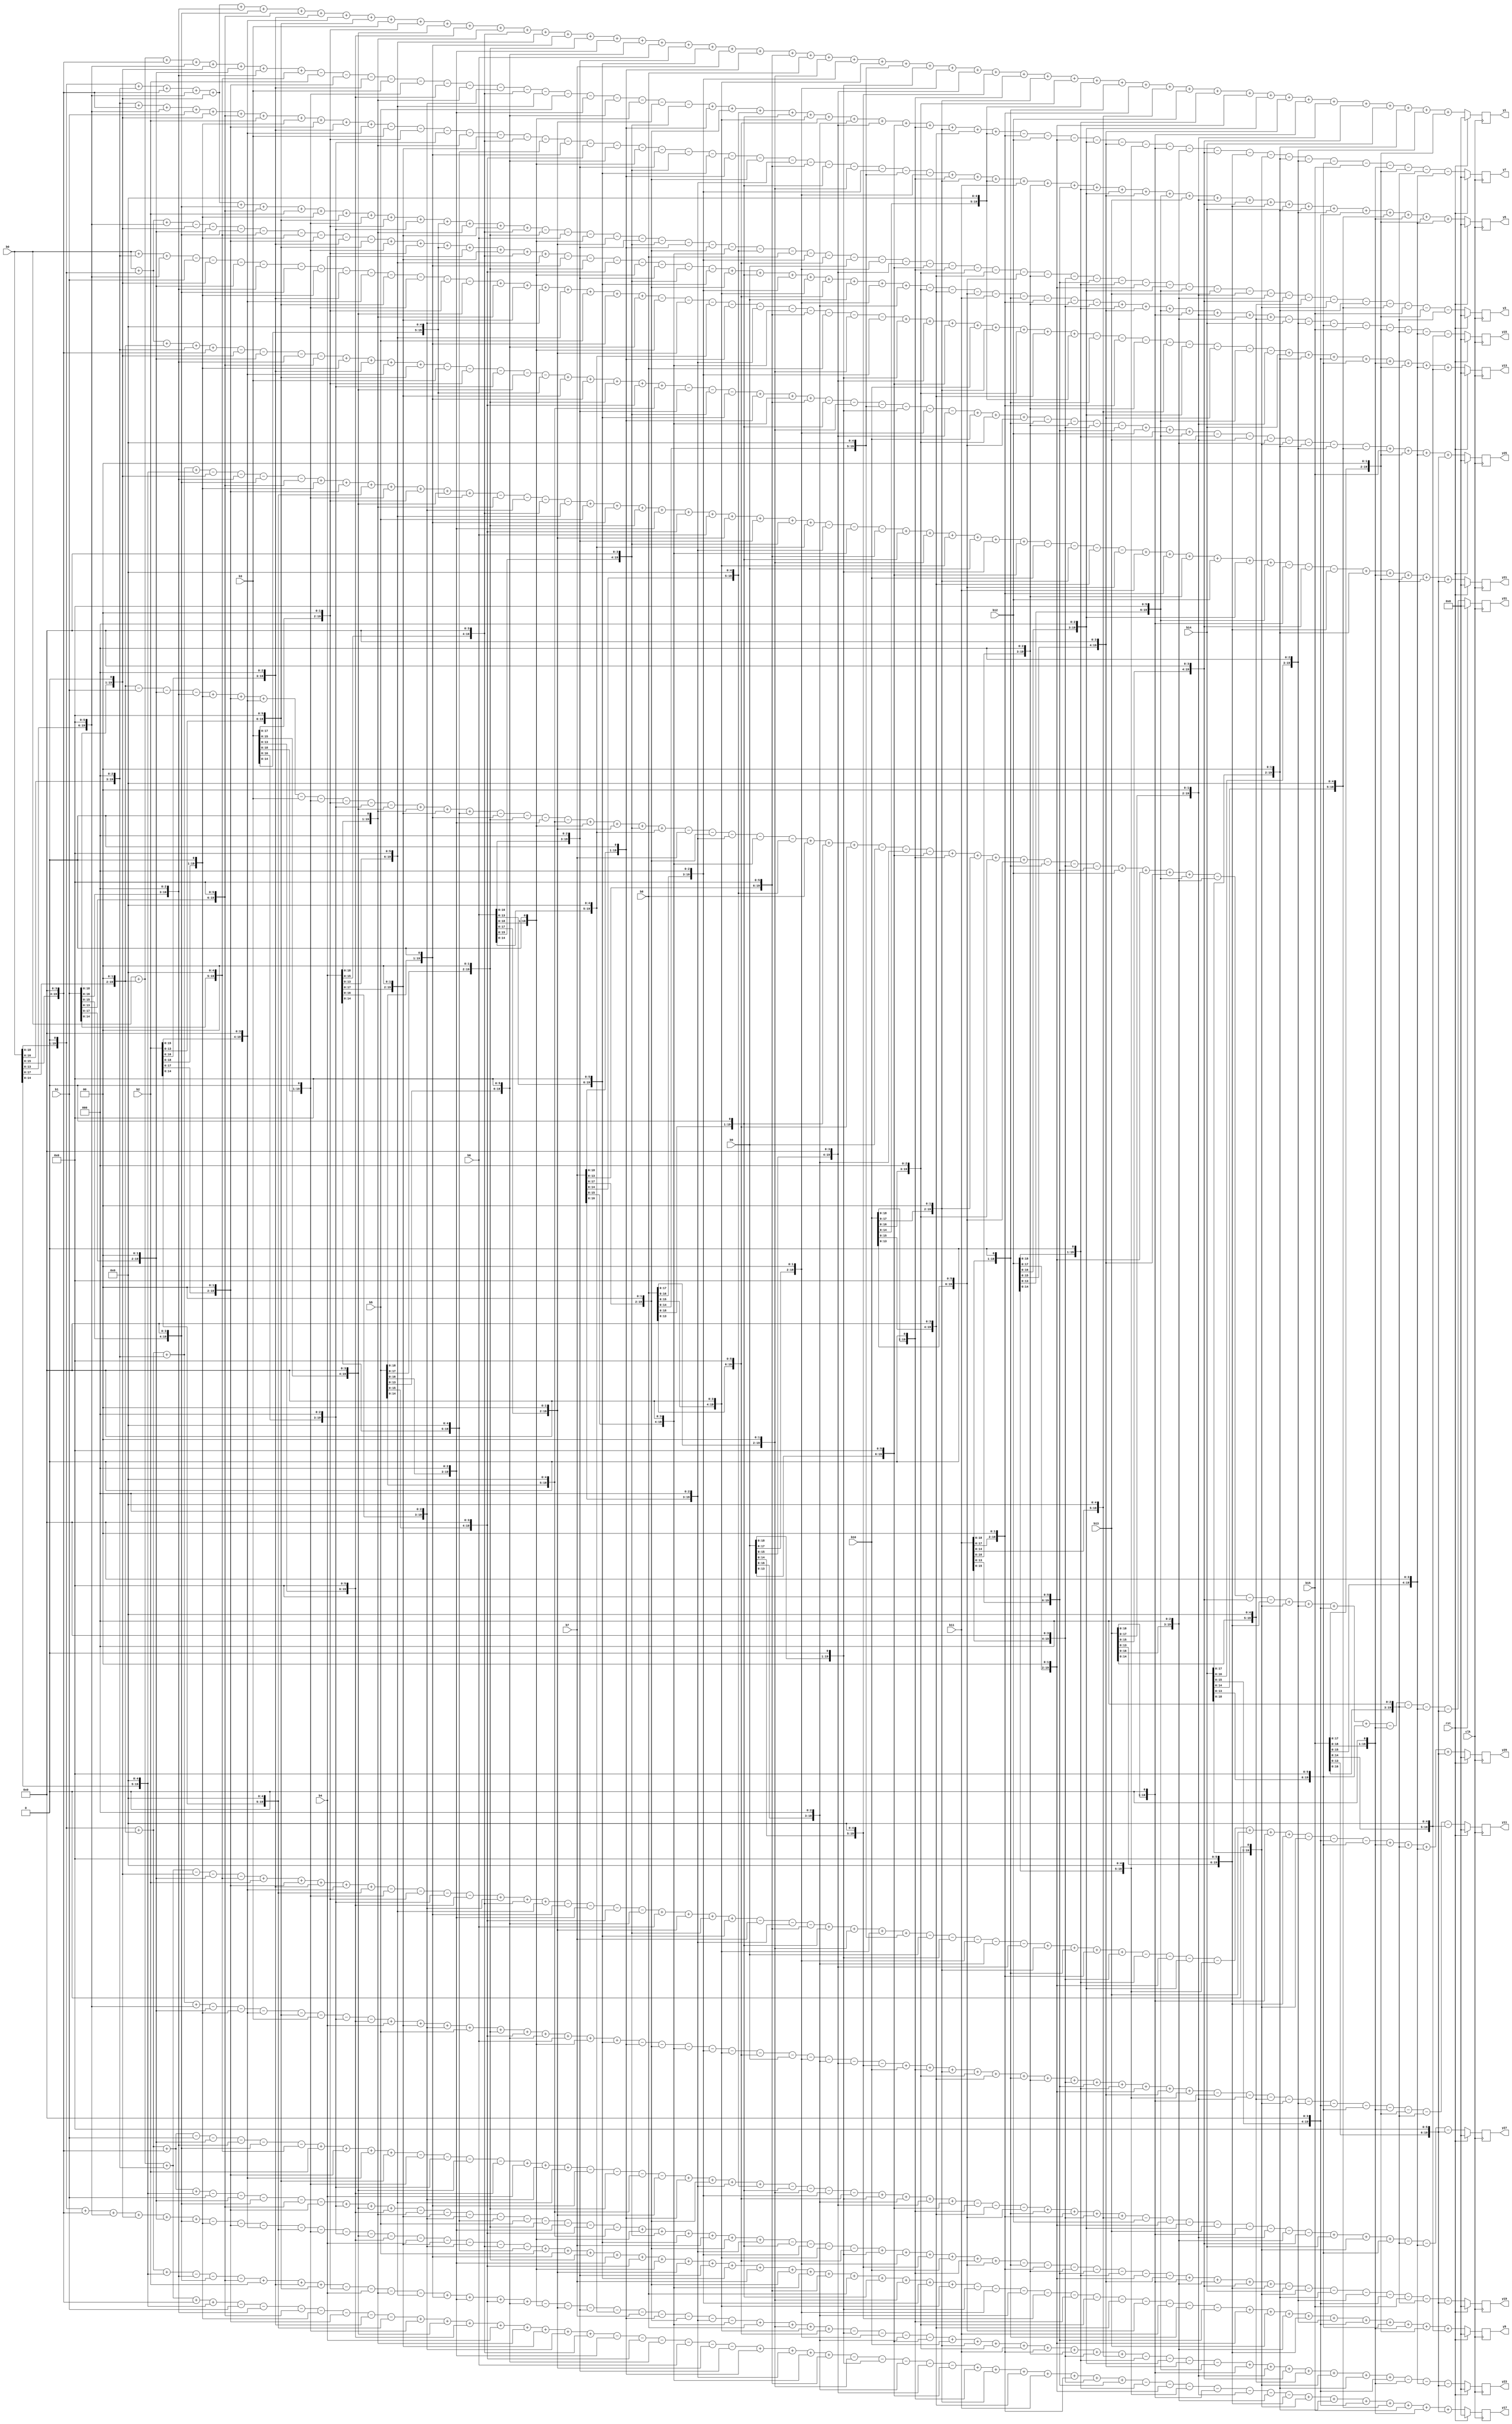
module shift_add32
#(
	parameter WIDTH = 20
)
(
	input wire clk,rst,
	input wire signed[WIDTH-1:0] b0,
	input wire signed[WIDTH-1:0] b1,
	input wire signed[WIDTH-1:0] b2,
	input wire signed[WIDTH-1:0] b3,
	input wire signed[WIDTH-1:0] b4,
	input wire signed[WIDTH-1:0] b5,
	input wire signed[WIDTH-1:0] b6,
	input wire signed[WIDTH-1:0] b7,
	input wire signed[WIDTH-1:0] b8,
	input wire signed[WIDTH-1:0] b9,
	input wire signed[WIDTH-1:0] b10,
	input wire signed[WIDTH-1:0] b11,
	input wire signed[WIDTH-1:0] b12,
	input wire signed[WIDTH-1:0] b13,
	input wire signed[WIDTH-1:0] b14,
	input wire signed[WIDTH-1:0] b15,
	
	output reg signed[WIDTH-1:0] y1,
	output reg signed[WIDTH-1:0] y3,
	output reg signed[WIDTH-1:0] y5,
	output reg signed[WIDTH-1:0] y7,
	output reg signed[WIDTH-1:0] y9,
	output reg signed[WIDTH-1:0] y11,
	output reg signed[WIDTH-1:0] y13,
	output reg signed[WIDTH-1:0] y15,
	output reg signed[WIDTH-1:0] y17,
	output reg signed[WIDTH-1:0] y19,
	output reg signed[WIDTH-1:0] y21,
	output reg signed[WIDTH-1:0] y23,
	output reg signed[WIDTH-1:0] y25,
	output reg signed[WIDTH-1:0] y27,
	output reg signed[WIDTH-1:0] y29,
	output reg signed[WIDTH-1:0] y31
);

	wire signed [WIDTH-1:0] y1_d;
	wire signed [WIDTH-1:0] y3_d;
	wire signed [WIDTH-1:0] y5_d;
	wire signed [WIDTH-1:0] y7_d;
	wire signed [WIDTH-1:0] y9_d;
	wire signed [WIDTH-1:0] y11_d;
	wire signed [WIDTH-1:0] y13_d;
	wire signed [WIDTH-1:0] y15_d;
	wire signed [WIDTH-1:0] y17_d;
	wire signed [WIDTH-1:0] y19_d;
	wire signed [WIDTH-1:0] y21_d;
	wire signed [WIDTH-1:0] y23_d;
	wire signed [WIDTH-1:0] y25_d;
	wire signed [WIDTH-1:0] y27_d;
	wire signed [WIDTH-1:0] y29_d;
	wire signed [WIDTH-1:0] y31_d;
	
	always @ (posedge clk)
	begin
//		if(!rst_b) begin
		if(rst) begin
				y1 <= 0;
				y3 <= 0;
				y5 <= 0;
				y7 <= 0;
				y9 <= 0;
				y11 <= 0;
				y13 <= 0;
				y15 <= 0;
				y17 <= 0;
				y19 <= 0;
				y21 <= 0;
				y23 <= 0;
				y25 <= 0;
				y27 <= 0;
				y29 <= 0;
				y31 <= 0;
		end
		else begin
				y1 <= y1_d;
				y3 <= y3_d;
				y5 <= y5_d;
				y7 <= y7_d;
				y9 <= y9_d;
				y11 <= y11_d;
				y13 <= y13_d;
				y15 <= y15_d;
				y17 <= y17_d;
				y19 <= y19_d;
				y21 <= y21_d;
				y23 <= y23_d;
				y25 <= y25_d;
				y27 <= y27_d;
				y29 <= y29_d;
				y31 <= y31_d;
				
		end
	end
	
	assign y1_d = {b0,1'b0}+{b0,3'b000}+{b0,4'b0000}+{b0,6'b000000}+{b1,1'b0}+{b1,3'b000}+{b1,4'b0000}+{b1,6'b000000}+{b2,3'b000}+{b2,4'b0000}+{b2,6'b000000}+b3+{b3,2'b00}+{b3,4'b0000}+{b3,6'b000000}+{b4,1'b0}+{b4,4'b0000}+{b4,6'b000000}+{b5,1'b0}+{b5,2'b00}+{b5,3'b000}+{b5,6'b000000}+b6+{b6,3'b000}+{b6,6'b000000}+b7+{b7,1'b0}+{b7,6'b000000}+b8+{b8,2'b00}+{b8,3'b000}+{b8,4'b0000}+{b8,5'b00000}+{b9,1'b0}+{b9,2'b00}+{b9,4'b0000}+{b9,5'b00000}+{b10,1'b0}+{b10,2'b00}+{b10,3'b000}+{b10,5'b00000}+{b11,1'b0}+{b11,2'b00}+{b11,5'b00000}+b12+{b12,1'b0}+{b12,2'b00}+{b12,3'b000}+{b12,4'b0000}+{b13,1'b0}+{b13,2'b00}+{b13,4'b0000}+b14+{b14,2'b00}+{b14,3'b000}+{b15,2'b00};

	assign y3_d = {b0,1'b0}+{b0,3'b000}+{b0,4'b0000}+{b0,6'b000000}+{b1,1'b0}+{b1,4'b0000}+{b1,6'b000000}+b2+{b2,1'b0}+{b2,6'b000000}+{b3,1'b0}+{b3,2'b00}+{b3,3'b000}+{b3,5'b00000}+{b4,1'b0}+{b4,2'b00}+{b4,4'b0000}-{b5,2'b00}-b6-{b6,1'b0}-{b6,2'b00}-{b6,3'b000}-{b6,4'b0000}-{b7,1'b0}-{b7,2'b00}-{b7,4'b0000}-{b7,5'b00000}-b8-{b8,3'b000}-{b8,6'b000000}-b9-{b9,2'b00}-{b9,4'b0000}-{b9,6'b000000}-{b10,1'b0}-{b10,3'b000}-{b10,4'b0000}-{b10,6'b000000}-{b11,3'b000}-{b11,4'b0000}-{b11,6'b000000}-{b12,1'b0}-{b12,2'b00}-{b12,3'b000}-{b12,6'b000000}-b13-{b13,2'b00}-{b13,3'b000}-{b13,4'b0000}-{b13,5'b00000}-{b14,1'b0}-{b14,2'b00}-{b14,5'b00000}-b15-{b15,2'b00}-{b15,3'b000};

	assign y5_d = {b0,3'b000}+{b0,4'b0000}+{b0,6'b000000}+b1+{b1,1'b0}+{b1,6'b000000}+b2+{b2,1'b0}+{b2,2'b00}+{b2,3'b000}+{b2,4'b0000}-b3-{b3,2'b00}-{b3,3'b000}-{b4,1'b0}-{b4,2'b00}-{b4,4'b0000}-{b4,5'b00000}-{b5,1'b0}-{b5,4'b0000}-{b5,6'b000000}-{b6,1'b0}-{b6,3'b000}-{b6,4'b0000}-{b6,6'b000000}-{b7,1'b0}-{b7,2'b00}-{b7,3'b000}-{b7,6'b000000}-{b8,1'b0}-{b8,2'b00}-{b8,3'b000}-{b8,5'b00000}-{b9,2'b00}+{b10,1'b0}+{b10,2'b00}+{b10,5'b00000}+b11+{b11,3'b000}+{b11,6'b000000}+{b12,1'b0}+{b12,3'b000}+{b12,4'b0000}+{b12,6'b000000}+b13+{b13,2'b00}+{b13,4'b0000}+{b13,6'b000000}+b14+{b14,2'b00}+{b14,3'b000}+{b14,4'b0000}+{b14,5'b00000}+{b15,1'b0}+{b15,2'b00}+{b15,4'b0000};

	assign y7_d = b0+{b0,2'b00}+{b0,4'b0000}+{b0,6'b000000}+{b1,1'b0}+{b1,2'b00}+{b1,3'b000}+{b1,5'b00000}-b2-{b2,2'b00}-{b2,3'b000}-b3-{b3,1'b0}-{b3,6'b000000}-{b4,1'b0}-{b4,3'b000}-{b4,4'b0000}-{b4,6'b000000}-b5-{b5,3'b000}-{b5,6'b000000}-{b6,1'b0}-{b6,2'b00}-{b6,4'b0000}+{b7,1'b0}+{b7,2'b00}+{b7,5'b00000}+{b8,1'b0}+{b8,4'b0000}+{b8,6'b000000}+{b9,3'b000}+{b9,4'b0000}+{b9,6'b000000}+{b10,1'b0}+{b10,2'b00}+{b10,4'b0000}+{b10,5'b00000}-{b11,2'b00}-b12-{b12,2'b00}-{b12,3'b000}-{b12,4'b0000}-{b12,5'b00000}-{b13,1'b0}-{b13,3'b000}-{b13,4'b0000}-{b13,6'b000000}-{b14,1'b0}-{b14,2'b00}-{b14,3'b000}-{b14,6'b000000}-b15-{b15,1'b0}-{b15,2'b00}-{b15,3'b000}-{b15,4'b0000};

	assign y9_d = {b0,1'b0}+{b0,4'b0000}+{b0,6'b000000}+{b1,1'b0}+{b1,2'b00}+{b1,4'b0000}-{b2,1'b0}-{b2,2'b00}-{b2,4'b0000}-{b2,5'b00000}-{b3,1'b0}-{b3,3'b000}-{b3,4'b0000}-{b3,6'b000000}-b4-{b4,2'b00}-{b4,3'b000}-{b4,4'b0000}-{b4,5'b00000}+b5+{b5,1'b0}+{b5,2'b00}+{b5,3'b000}+{b5,4'b0000}+{b6,1'b0}+{b6,2'b00}+{b6,3'b000}+{b6,6'b000000}+b7+{b7,2'b00}+{b7,4'b0000}+{b7,6'b000000}+b8+{b8,1'b0}+{b8,2'b00}+{b8,3'b000}+{b8,4'b0000}-{b9,1'b0}-{b9,2'b00}-{b9,3'b000}-{b9,5'b00000}-{b10,1'b0}-{b10,3'b000}-{b10,4'b0000}-{b10,6'b000000}-b11-{b11,1'b0}-{b11,6'b000000}+{b12,2'b00}+b13+{b13,3'b000}+{b13,6'b000000}+{b14,3'b000}+{b14,4'b0000}+{b14,6'b000000}+{b15,1'b0}+{b15,2'b00}+{b15,5'b00000};

	assign y11_d = {b0,1'b0}+{b0,2'b00}+{b0,3'b000}+{b0,6'b000000}-{b1,2'b00}-{b2,1'b0}-{b2,4'b0000}-{b2,6'b000000}-b3-{b3,3'b000}-{b3,6'b000000}+b4+{b4,2'b00}+{b4,3'b000}+b5+{b5,2'b00}+{b5,4'b0000}+{b5,6'b000000}+b6+{b6,1'b0}+{b6,6'b000000}-{b7,1'b0}-{b7,2'b00}-{b7,4'b0000}-{b8,3'b000}-{b8,4'b0000}-{b8,6'b000000}-b9-{b9,2'b00}-{b9,3'b000}-{b9,4'b0000}-{b9,5'b00000}+b10+{b10,1'b0}+{b10,2'b00}+{b10,3'b000}+{b10,4'b0000}+{b11,1'b0}+{b11,3'b000}+{b11,4'b0000}+{b11,6'b000000}+{b12,1'b0}+{b12,2'b00}+{b12,4'b0000}+{b12,5'b00000}-{b13,1'b0}-{b13,2'b00}-{b13,5'b00000}-{b14,1'b0}-{b14,3'b000}-{b14,4'b0000}-{b14,6'b000000}-{b15,1'b0}-{b15,2'b00}-{b15,3'b000}-{b15,5'b00000};

	assign y13_d = b0+{b0,3'b000}+{b0,6'b000000}-b1-{b1,1'b0}-{b1,2'b00}-{b1,3'b000}-{b1,4'b0000}-{b2,1'b0}-{b2,3'b000}-{b2,4'b0000}-{b2,6'b000000}-{b3,1'b0}-{b3,2'b00}-{b3,4'b0000}+{b4,1'b0}+{b4,2'b00}+{b4,3'b000}+{b4,6'b000000}+b5+{b5,1'b0}+{b5,6'b000000}-{b6,1'b0}-{b6,2'b00}-{b6,5'b00000}-{b7,1'b0}-{b7,3'b000}-{b7,4'b0000}-{b7,6'b000000}-b8-{b8,2'b00}-{b8,3'b000}+{b9,1'b0}+{b9,4'b0000}+{b9,6'b000000}+b10+{b10,2'b00}+{b10,3'b000}+{b10,4'b0000}+{b10,5'b00000}-{b11,1'b0}-{b11,2'b00}-{b11,3'b000}-{b11,5'b00000}-{b12,3'b000}-{b12,4'b0000}-{b12,6'b000000}-{b13,2'b00}+b14+{b14,2'b00}+{b14,4'b0000}+{b14,6'b000000}+{b15,1'b0}+{b15,2'b00}+{b15,4'b0000}+{b15,5'b00000};

	assign y15_d = b0+{b0,1'b0}+{b0,6'b000000}-{b1,1'b0}-{b1,2'b00}-{b1,4'b0000}-{b1,5'b00000}-{b2,1'b0}-{b2,2'b00}-{b2,3'b000}-{b2,6'b000000}+{b3,1'b0}+{b3,2'b00}+{b3,5'b00000}+b4+{b4,2'b00}+{b4,4'b0000}+{b4,6'b000000}-{b5,1'b0}-{b5,2'b00}-{b5,4'b0000}-{b6,1'b0}-{b6,3'b000}-{b6,4'b0000}-{b6,6'b000000}+{b7,2'b00}+{b8,1'b0}+{b8,3'b000}+{b8,4'b0000}+{b8,6'b000000}+b9+{b9,2'b00}+{b9,3'b000}-{b10,3'b000}-{b10,4'b0000}-{b10,6'b000000}-b11-{b11,1'b0}-{b11,2'b00}-{b11,3'b000}-{b11,4'b0000}+{b12,1'b0}+{b12,4'b0000}+{b12,6'b000000}+{b13,1'b0}+{b13,2'b00}+{b13,3'b000}+{b13,5'b00000}-b14-{b14,3'b000}-{b14,6'b000000}-b15-{b15,2'b00}-{b15,3'b000}-{b15,4'b0000}-{b15,5'b00000};

	assign y17_d = b0+{b0,2'b00}+{b0,3'b000}+{b0,4'b0000}+{b0,5'b00000}-b1-{b1,3'b000}-{b1,6'b000000}-{b2,1'b0}-{b2,2'b00}-{b2,3'b000}-{b2,5'b00000}+{b3,1'b0}+{b3,4'b0000}+{b3,6'b000000}+b4+{b4,1'b0}+{b4,2'b00}+{b4,3'b000}+{b4,4'b0000}-{b5,3'b000}-{b5,4'b0000}-{b5,6'b000000}-b6-{b6,2'b00}-{b6,3'b000}+{b7,1'b0}+{b7,3'b000}+{b7,4'b0000}+{b7,6'b000000}-{b8,2'b00}-{b9,1'b0}-{b9,3'b000}-{b9,4'b0000}-{b9,6'b000000}+{b10,1'b0}+{b10,2'b00}+{b10,4'b0000}+b11+{b11,2'b00}+{b11,4'b0000}+{b11,6'b000000}-{b12,1'b0}-{b12,2'b00}-{b12,5'b00000}-{b13,1'b0}-{b13,2'b00}-{b13,3'b000}-{b13,6'b000000}+{b14,1'b0}+{b14,2'b00}+{b14,4'b0000}+{b14,5'b00000}+b15+{b15,1'b0}+{b15,6'b000000};

	assign y19_d = {b0,1'b0}+{b0,2'b00}+{b0,4'b0000}+{b0,5'b00000}-b1-{b1,2'b00}-{b1,4'b0000}-{b1,6'b000000}-{b2,2'b00}+{b3,3'b000}+{b3,4'b0000}+{b3,6'b000000}-{b4,1'b0}-{b4,2'b00}-{b4,3'b000}-{b4,5'b00000}-b5-{b5,2'b00}-{b5,3'b000}-{b5,4'b0000}-{b5,5'b00000}+{b6,1'b0}+{b6,4'b0000}+{b6,6'b000000}+b7+{b7,2'b00}+{b7,3'b000}-{b8,1'b0}-{b8,3'b000}-{b8,4'b0000}-{b8,6'b000000}+{b9,1'b0}+{b9,2'b00}+{b9,5'b00000}+b10+{b10,1'b0}+{b10,6'b000000}-{b11,1'b0}-{b11,2'b00}-{b11,3'b000}-{b11,6'b000000}-{b12,1'b0}-{b12,2'b00}-{b12,4'b0000}+{b13,1'b0}+{b13,3'b000}+{b13,4'b0000}+{b13,6'b000000}-b14-{b14,1'b0}-{b14,2'b00}-{b14,3'b000}-{b14,4'b0000}-b15-{b15,3'b000}-{b15,6'b000000};

	assign y21_d = {b0,1'b0}+{b0,2'b00}+{b0,3'b000}+{b0,5'b00000}-{b1,1'b0}-{b1,3'b000}-{b1,4'b0000}-{b1,6'b000000}+{b2,1'b0}+{b2,2'b00}+{b2,5'b00000}+{b3,1'b0}+{b3,2'b00}+{b3,4'b0000}+{b3,5'b00000}-{b4,1'b0}-{b4,3'b000}-{b4,4'b0000}-{b4,6'b000000}+b5+{b5,1'b0}+{b5,2'b00}+{b5,3'b000}+{b5,4'b0000}+b6+{b6,2'b00}+{b6,3'b000}+{b6,4'b0000}+{b6,5'b00000}-{b7,3'b000}-{b7,4'b0000}-{b7,6'b000000}+{b8,1'b0}+{b8,2'b00}+{b8,4'b0000}+b9+{b9,1'b0}+{b9,6'b000000}-b10-{b10,2'b00}-{b10,4'b0000}-{b10,6'b000000}+b11+{b11,2'b00}+{b11,3'b000}+b12+{b12,3'b000}+{b12,6'b000000}-{b13,1'b0}-{b13,4'b0000}-{b13,6'b000000}+{b14,2'b00}+{b15,1'b0}+{b15,2'b00}+{b15,3'b000}+{b15,6'b000000};

	assign y23_d = {b0,1'b0}+{b0,2'b00}+{b0,5'b00000}-{b1,3'b000}-{b1,4'b0000}-{b1,6'b000000}+b2+{b2,3'b000}+{b2,6'b000000}-{b3,2'b00}-b4-{b4,1'b0}-{b4,6'b000000}+{b5,1'b0}+{b5,3'b000}+{b5,4'b0000}+{b5,6'b000000}-{b6,1'b0}-{b6,2'b00}-{b6,3'b000}-{b6,5'b00000}-b7-{b7,1'b0}-{b7,2'b00}-{b7,3'b000}-{b7,4'b0000}+b8+{b8,2'b00}+{b8,4'b0000}+{b8,6'b000000}-{b9,1'b0}-{b9,2'b00}-{b9,3'b000}-{b9,6'b000000}+b10+{b10,2'b00}+{b10,3'b000}+b11+{b11,2'b00}+{b11,3'b000}+{b11,4'b0000}+{b11,5'b00000}-{b12,1'b0}-{b12,3'b000}-{b12,4'b0000}-{b12,6'b000000}+{b13,1'b0}+{b13,2'b00}+{b13,4'b0000}+{b13,5'b00000}+{b14,1'b0}+{b14,2'b00}+{b14,4'b0000}-{b15,1'b0}-{b15,4'b0000}-{b15,6'b000000};

	assign y25_d = b0+{b0,1'b0}+{b0,2'b00}+{b0,3'b000}+{b0,4'b0000}-{b1,1'b0}-{b1,2'b00}-{b1,3'b000}-{b1,6'b000000}+{b2,1'b0}+{b2,3'b000}+{b2,4'b0000}+{b2,6'b000000}-b3-{b3,2'b00}-{b3,3'b000}-{b3,4'b0000}-{b3,5'b00000}+{b4,2'b00}+{b5,1'b0}+{b5,2'b00}+{b5,4'b0000}+{b5,5'b00000}-{b6,3'b000}-{b6,4'b0000}-{b6,6'b000000}+{b7,1'b0}+{b7,4'b0000}+{b7,6'b000000}-{b8,1'b0}-{b8,2'b00}-{b8,5'b00000}-{b9,1'b0}-{b9,2'b00}-{b9,4'b0000}+b10+{b10,3'b000}+{b10,6'b000000}-{b11,1'b0}-{b11,3'b000}-{b11,4'b0000}-{b11,6'b000000}+b12+{b12,1'b0}+{b12,6'b000000}-b13-{b13,2'b00}-{b13,3'b000}-{b14,1'b0}-{b14,2'b00}-{b14,3'b000}-{b14,5'b00000}+b15+{b15,2'b00}+{b15,4'b0000}+{b15,6'b000000};

	assign y27_d = {b0,1'b0}+{b0,2'b00}+{b0,4'b0000}-b1-{b1,2'b00}-{b1,3'b000}-{b1,4'b0000}-{b1,5'b00000}+b2+{b2,2'b00}+{b2,4'b0000}+{b2,6'b000000}-{b3,1'b0}-{b3,3'b000}-{b3,4'b0000}-{b3,6'b000000}+b4+{b4,3'b000}+{b4,6'b000000}-{b5,1'b0}-{b5,2'b00}-{b5,5'b00000}-{b6,2'b00}+{b7,1'b0}+{b7,2'b00}+{b7,3'b000}+{b7,5'b00000}-{b8,1'b0}-{b8,2'b00}-{b8,3'b000}-{b8,6'b000000}+{b9,1'b0}+{b9,3'b000}+{b9,4'b0000}+{b9,6'b000000}-{b10,1'b0}-{b10,4'b0000}-{b10,6'b000000}+{b11,1'b0}+{b11,2'b00}+{b11,4'b0000}+{b11,5'b00000}-b12-{b12,2'b00}-{b12,3'b000}-b13-{b13,1'b0}-{b13,2'b00}-{b13,3'b000}-{b13,4'b0000}+b14+{b14,1'b0}+{b14,6'b000000}-{b15,3'b000}-{b15,4'b0000}-{b15,6'b000000};

	assign y29_d = b0+{b0,2'b00}+{b0,3'b000}-{b1,1'b0}-{b1,2'b00}-{b1,5'b00000}+b2+{b2,2'b00}+{b2,3'b000}+{b2,4'b0000}+{b2,5'b00000}-{b3,1'b0}-{b3,2'b00}-{b3,3'b000}-{b3,6'b000000}+{b4,3'b000}+{b4,4'b0000}+{b4,6'b000000}-{b5,1'b0}-{b5,3'b000}-{b5,4'b0000}-{b5,6'b000000}+b6+{b6,2'b00}+{b6,4'b0000}+{b6,6'b000000}-b7-{b7,3'b000}-{b7,6'b000000}+{b8,1'b0}+{b8,2'b00}+{b8,4'b0000}+{b8,5'b00000}-b9-{b9,1'b0}-{b9,2'b00}-{b9,3'b000}-{b9,4'b0000}+{b10,2'b00}+{b11,1'b0}+{b11,2'b00}+{b11,4'b0000}-{b12,1'b0}-{b12,2'b00}-{b12,3'b000}-{b12,5'b00000}+b13+{b13,1'b0}+{b13,6'b000000}-{b14,1'b0}-{b14,4'b0000}-{b14,6'b000000}+{b15,1'b0}+{b15,3'b000}+{b15,4'b0000}+{b15,6'b000000};

	assign y31_d = {b0,2'b00}-b1-{b1,2'b00}-{b1,3'b000}+{b2,1'b0}+{b2,2'b00}+{b2,4'b0000}-b3-{b3,1'b0}-{b3,2'b00}-{b3,3'b000}-{b3,4'b0000}+{b4,1'b0}+{b4,2'b00}+{b4,5'b00000}-{b5,1'b0}-{b5,2'b00}-{b5,3'b000}-{b5,5'b00000}+{b6,1'b0}+{b6,2'b00}+{b6,4'b0000}+{b6,5'b00000}-b7-{b7,2'b00}-{b7,3'b000}-{b7,4'b0000}-{b7,5'b00000}+b8+{b8,1'b0}+{b8,6'b000000}-b9-{b9,3'b000}-{b9,6'b000000}+{b10,1'b0}+{b10,2'b00}+{b10,3'b000}+{b10,6'b000000}-{b11,1'b0}-{b11,4'b0000}-{b11,6'b000000}+b12+{b12,2'b00}+{b12,4'b0000}+{b12,6'b000000}-{b13,3'b000}-{b13,4'b0000}-{b13,6'b000000}+{b14,1'b0}+{b14,3'b000}+{b14,4'b0000}+{b14,6'b000000}-{b15,1'b0}-{b15,3'b000}-{b15,4'b0000}-{b15,6'b000000};
	
	//x90 = {b0,6'b000000} + {b0,4'b0000} + {b0,3'b000} + {b0,1'b0}
	//x88 = {b0,6'b000000} + {b0,4'b0000} + {b0,3'b000}
	//x87 = {b0,6'b000000} + {b0,4'b0000} + {b0,2'b00} + {b0,1'b0} + b0
	//x85 = {b0,6'b000000} + {b0,4'b0000} + {b0,2'b00} + b0
	//x82 = {b0,6'b000000} + {b0,4'b0000} + {b0,1'b0}
	//x80 = {b0,6'b000000} + {b0,4'b0000} 
	//x78 = {b0,6'b000000} + {b0,3'b000} + {b0,2'b00} + {b0,1'b0}
	//x73 = {b0,6'b000000} + {b0,3'b000} + b0
	//x70 = {b0,6'b000000} + {b0,2'b00} + {b0,1'b0}
	//x67 = {b0,6'b000000} + {b0,1'b0} + b0
	//x61 = {b0,5'b00000} + {b0,4'b0000} + {b0,3'b000} + {b0,2'b00} + b0
	//x57 = {b0,5'b00000} + {b0,4'b0000} + {b0,3'b000} + {b0,1'b0}
	//x54 = {b0,5'b00000} + {b0,4'b0000} + {b0,2'b00} + {b0,1'b0}
	//x46 = {b0,5'b00000} + {b0,3'b000} + {b0,2'b00} + {b0,1'b0}
	//x43 = {b0,5'b00000} + {b0,3'b000} + {b0,1'b0} + b0
	//x38 = {b0,5'b00000} + {b0,2'b00} + {b0,1'b0}
	//x31 = {b0,4'b0000} + {b0,3'b000} + {b0,2'b00} + {b0,1'b0} + b0
	//x25 = {b0,4'b0000} + {b0,3'b000} + {b0,1'b0}
	//x22 = {b0,4'b0000} + {b0,2'b00} + {b0,1'b0}
	//x13 = {b0,3'b000} + {b0,2'b00} + b0
	//x9  = {b0,3'b000} + {b0,1'b0}
	//x4  = {b0,2'b00}
	
	
endmodule